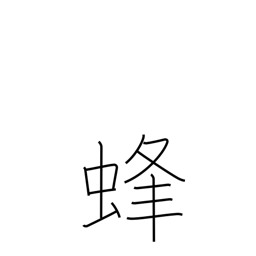
Meaning: bee